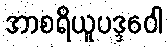
အာစရိယူပဒ္ဒဝေါ